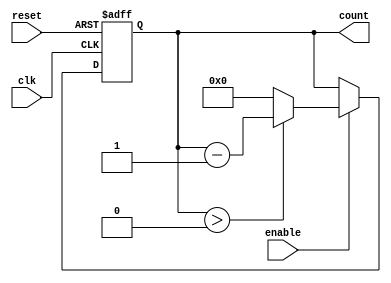
module binary_down_counter (
    input wire clk,
    input wire reset,
    input wire enable,
    output reg [N-1:0] count
);
    parameter N = 4;  // Define the number of bits for the counter (adjust as needed)

    // Internal next count variable
    reg [N-1:0] next_count;

    // Always block for synchronous behavior
    always @(posedge clk or posedge reset) begin
        if (reset) begin
            // Asynchronous reset
            count <= (1 << N) - 1;  // Set count to max value (2^N - 1)
        end else if (enable) begin
            // Count down logic
            if (count > 0) begin
                next_count = count - 1;  // Decrement
            end else begin
                next_count = 0;  // Stay at 0
            end
            count <= next_count;  // Update the count
        end
    end
    
    // Initial block for simulation purposes
    initial begin
        count = (1 << N) - 1; // Initialize count to max value
    end
endmodule